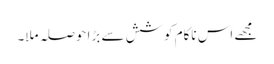
مجھے اس ناکام کوشش سے بڑا حوصلہ ملا۔